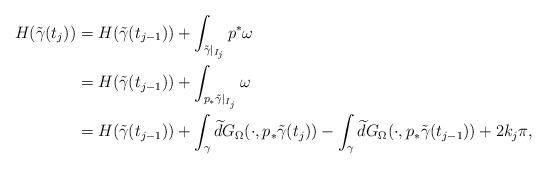
LaTeX: \begin{align*}H(\tilde\gamma(t_j))&=H(\tilde\gamma(t_{j-1}))+\int_{\tilde\gamma|_{I_j}}p^*\omega \\&=H(\tilde\gamma(t_{j-1}))+\int_{p_*\tilde\gamma|_{I_j}}\omega \\&=H(\tilde\gamma(t_{j-1}))+\int_{\gamma}\widetilde{d} G_{\Omega}(\cdot,p_*\tilde\gamma(t_j))-\int_{\gamma}\widetilde{d} G_{\Omega}(\cdot,p_*\tilde\gamma(t_{j-1}))+2k_j\pi,\end{align*}